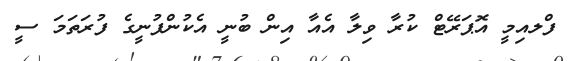
ފްލއިމީ އޮޕަރޭޓް ކުރާ ވިލާ އެއާ އިން ބުނީ އެކުންފުނީގެ ފުރަތަމަ ސީ